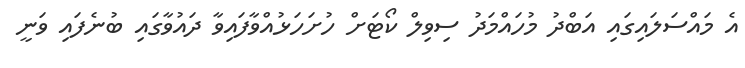
އެ މައްސަލައިގައި އަބްދު މުހައްމަދު ސިވިލް ކޯޓަށް ހުށަހަޅުއްވާފައިވާ ދައުވާގައި ބުނެފައި ވަނީ